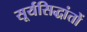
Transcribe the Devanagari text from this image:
सूर्यसिद्धांतों